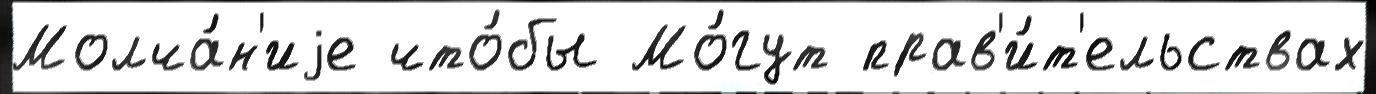
Молча́н'иjе что́бы Мо́гут прав'и́т'ельствах